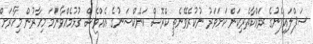
ސަޕްލައިފެނުގެ ރައްކާތެރިކަން ކަށަވަރު ނުކުރެވޭނެތީ ކްރޮސް ކަނެކްޝަނުގެ އެއްވެސް ގުޅުމެއްވާނަމަ މިހާރުން މިހާރަށް